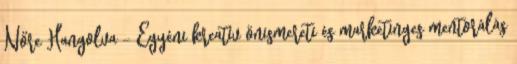
Nőre Hangolva – Egyéni kreatív önismereti és marketinges mentorálás